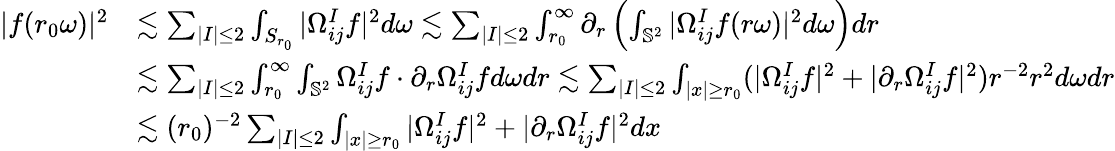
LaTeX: \begin{array}{rl}{|f(r_{0}\omega)|^{2}}&{\lesssim\sum_{|I|\leq 2}\int_{S_{r_{0}}}|\Omega_{ij}^{I}f|^{2}d\omega\lesssim\sum_{|I|\leq 2}\int_{r_{0}}^{\infty}\partial_{r}\left(\int_{\mathbb{S}^{2}}|\Omega_{ij}^{I}f(r\omega)|^{2}d\omega\right)dr}\\ &{\lesssim\sum_{|I|\leq 2}\int_{r_{0}}^{\infty}\int_{\mathbb{S}^{2}}\Omega_{ij}^{I}f\cdot\partial_{r}\Omega_{ij}^{I}fd\omega dr\lesssim\sum_{|I|\leq 2}\int_{|x|\geq r_{0}}(|\Omega_{ij}^{I}f|^{2}+|\partial_{r}\Omega_{ij}^{I}f|^{2})r^{-2}r^{2}d\omega dr}\\ &{\lesssim(r_{0})^{-2}\sum_{|I|\leq 2}\int_{|x|\geq r_{0}}|\Omega_{ij}^{I}f|^{2}+|\partial_{r}\Omega_{ij}^{I}f|^{2}dx}\end{array}